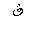
Letter: _qaf